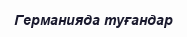
Германияда туғандар